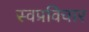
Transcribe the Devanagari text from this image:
स्वप्रविचार